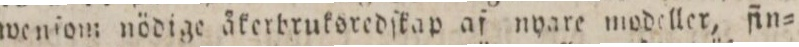
we niom nödiga åkerbruksredſkap af nyare modeller, fin=